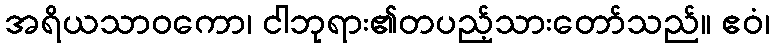
အရိယသာဝကော၊ ငါဘုရား၏တပည့်သားတော်သည်။ ဧဝံ၊